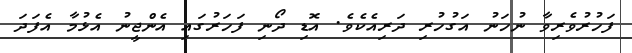
ފަހުރުވެރިވާ ނުހަނު އަގުހުރި ދަރިއެކެވެ. އޮޑި ދޯނި ފަހަރުގައި އެންޖީނު އެޅުމާ އެފަދަ